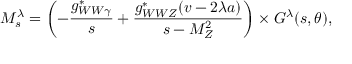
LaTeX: { \cal M } _ { s } ^ { \lambda } = \left( - \frac { g _ { W W \gamma } ^ { * } } { s } + \frac { g _ { W W Z } ^ { * } ( v - 2 \lambda a ) } { s - M _ { Z } ^ { 2 } } \right) \times { \cal G } ^ { \lambda } ( s , \theta ) ,